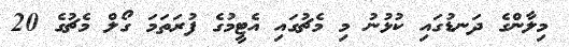
މިލާންގެ ދަނޑުގައި ކުޅުނު މި މެޗުގައި އެޓީމުގެ ފުރަތަމަ ގޯލް މެޗުގެ 20